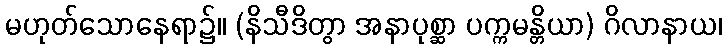
မဟုတ်သောနေရာ၌။ (နိသီဒိတွာ အနာပုစ္ဆာ ပက္ကမန္တိယာ) ဂိလာနာယ၊